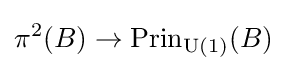
\pi ^{2}(B)\rightarrow \operatorname {Prin} _{\operatorname {U} (1)}(B)